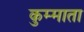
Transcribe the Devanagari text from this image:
कुम्माता